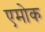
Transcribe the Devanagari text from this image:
एमोक